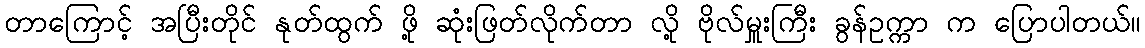
တာကြောင့် အပြီးတိုင် နုတ်ထွက် ဖို့ ဆုံးဖြတ်လိုက်တာ လို့ ဗိုလ်မှူးကြီး ခွန်ဥက္ကာ က ပြောပါတယ်။